Indian journal of veterinary science and animal husbandry - Volume 9,
Year: 1939
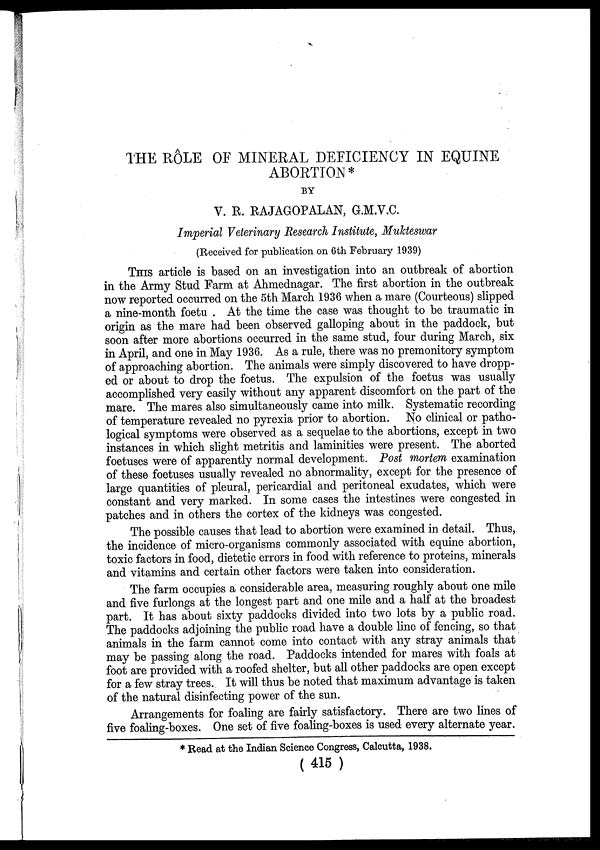
THE RÔLE OF MINERAL DEFICIENCY IN EQUINE
ABORTION *
BY
V. R. RAJAGOPALAN, G.M.V.C.
Imperial Veterinary Research Institute, Mukteswar
(Received for publication on 6th February 1939)
THIS article is based on an investigation into an outbreak of abortion
in the Army Stud Farm at Ahmednagar. The first abortion in the outbreak
now reported occurred on the 5th March 1936 when a mare (Courteous) slipped
a nine-month foetu . At the time the case was thought to be traumatic in
origin as the mare had been observed galloping about in the paddock, but
soon after more abortions occurred in the same stud, four during March, six
in April, and one in May 1936. As a rule, there was no premonitory symptom
of approaching abortion. The animals were simply discovered to have dropp-
ed or about to drop the foetus. The expulsion of the foetus was usually
accomplished very easily without any apparent discomfort on the part of the
mare. The mares also simultaneously came into milk. Systematic recording
of temperature revealed no pyrexia prior to abortion. No clinical or patho-
logical symptoms were observed as a sequelae to the abortions, except in two
instances in which slight metritis and laminities were present. The aborted
foetuses were of apparently normal development. Post mortem examination
of these foetuses usually revealed no abnormality, except for the presence of
large quantities of pleural, pericardial and peritoneal exudates, which were
constant and very marked. In some cases the intestines were congested in
patches and in others the cortex of the kidneys was congested.
The possible causes that lead to abortion were examined in detail. Thus,
the incidence of micro-organisms commonly associated with equine abortion,
toxic factors in food, dietetic errors in food with reference to proteins, minerals
and vitamins and certain other factors were taken into consideration.
The farm occupies a considerable area, measuring roughly about one mile
and five furlongs at the longest part and one mile and a half at the broadest
part. It has about sixty paddocks divided into two lots by a public road.
The paddocks adjoining the public road have a double line of fencing, so that
animals in the farm cannot come into contact with any stray animals that
may be passing along the road. Paddocks intended for mares with foals at
foot are provided with a roofed shelter, but all other paddocks are open except
for a few stray trees. It will thus be noted that maximum advantage is taken
of the natural disinfecting power of the sun.
Arrangements for foaling are fairly satisfactory. There are two lines of
five foaling-boxes. One set of five foaling-boxes is used every alternate year.
* Read at the Indian Science Congress, Calcutta, 1938.
(415 )